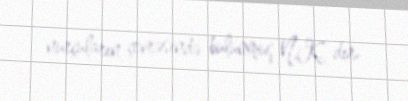
nurçuların çevrəsində bulunmuş N.K.-dır.